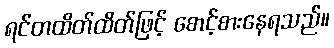
ရင်တထိတ်ထိတ်ဖြင့် စောင့်စားနေရသည်။